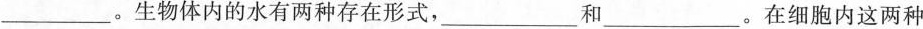
___。生物体内的水有两种存在形式，___和___。在细胞内这两种